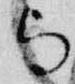
与